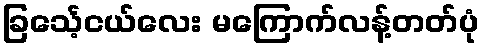
ခြင်္သေ့ငယ်လေး မကြောက်လန့်တတ်ပုံ